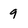
Character: 9